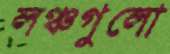
লঞ্চগুলো